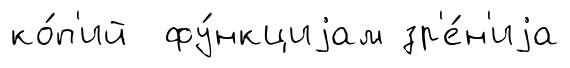
ко́п'ий фу́нкциjам зр'е́н'иjа